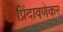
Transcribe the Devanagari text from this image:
प्रिंदावणेकर